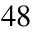
4 8